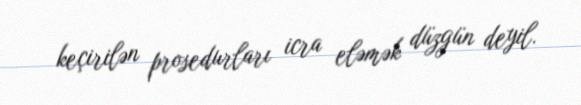
keçirilən prosedurları icra eləmək düzgün deyil.